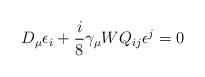
LaTeX: \begin{align*}D_\mu \epsilon_i+\frac{i}{8}\gamma_{\mu}W Q_{ij}\epsilon^j=0\end{align*}